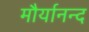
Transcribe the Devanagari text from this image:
मौर्यानन्द